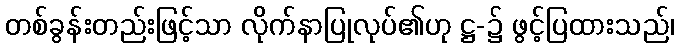
တစ်ခွန်းတည်းဖြင့်သာ လိုက်နာပြုလုပ်၏ဟု ဋ္ဌ-၌ ဖွင့်ပြထားသည်၊